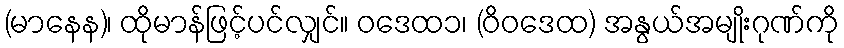
(မာနေန)၊ ထိုမာန်ဖြင့်ပင်လျှင်။ ဝဒေထ၁၊ (ဝိဝဒေထ) အနွယ်အမျိုးဂုဏ်ကို